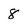
Character: 8